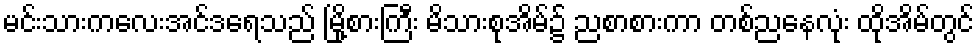
မင်းသားကလေးအင်ဒရေသည် မြို့စားကြီး မိသားစုအိမ်၌ ညစာစားကာ တစ်ညနေလုံး ထိုအိမ်တွင်